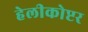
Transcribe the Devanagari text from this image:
हेलीकोप्टर